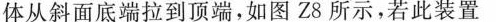
体从斜面底端拉到顶端，如图Z8所示，若此装置